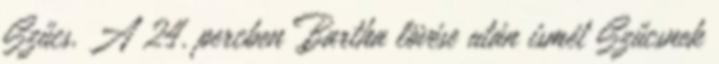
Szűcs. A 24. percben Bartha lövése után ismét Szűcsnek